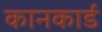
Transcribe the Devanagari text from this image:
कानकार्ड